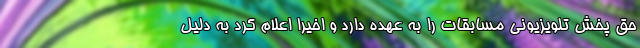
حق پخش تلویزیونی مسابقات را به عهده دارد و اخیراً اعلام کرد به دلیل